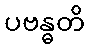
ပဗန္ဓတိ